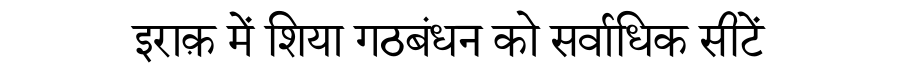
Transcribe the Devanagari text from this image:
इराक़ में शिया गठबंधन को सर्वाधिक सीटें